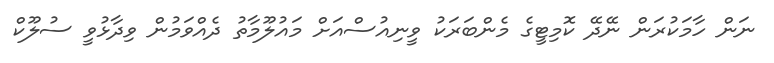
ނަން ހާމަކުރަން ނޭދޭ ކޮމިޓީގެ މެންބަރަކު ވީނިއުސްއަށް މައުލޫމާތު ދެއްވަމުން ވިދާޅުވީ ސުލޫކް